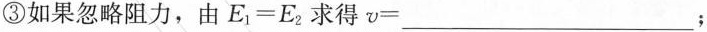
③如果忽略阻力，由$$E_{1}=E_{2}$$求得$$v=___$$；